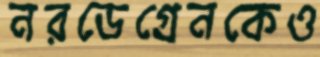
নরডেগ্রেনকেও